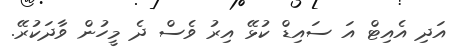
އަދި އެެެއިޓް އަ ސައިޑް ކުޅޭ އިރު ވެސް ދެ މީހުން ވާދަކުރޭ.